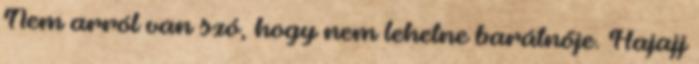
Nem arról van szó, hogy nem lehetne barátnője. Hajajj